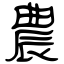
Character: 農